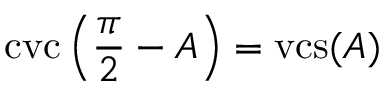
\operatorname { c v c } \left( { \frac { \pi } { 2 } } - A \right) = \operatorname { v c s } ( A )